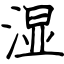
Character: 湿